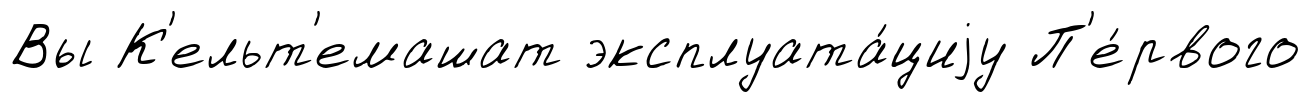
Вы К'ельт'емашат эксплуата́циjу П'е́рвого